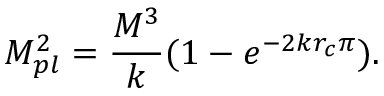
M _ { p l } ^ { 2 } = \frac { M ^ { 3 } } { k } ( 1 - e ^ { - 2 k r _ { c } \pi } ) .